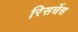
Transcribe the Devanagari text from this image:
रिसर्चेस